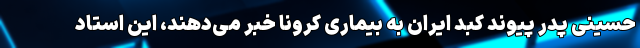
حسینی پدر پیوند کبد ایران به بیماری کرونا خبر می‌دهند، این استاد